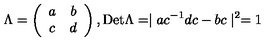
\Lambda = \left( \begin{array} { c c } { a } & { b } \\ { c } & { d } \\ \end{array} \right) , \mathrm { D e t } \Lambda = \mid a c ^ { - 1 } d c - b c \mid ^ { 2 } = 1